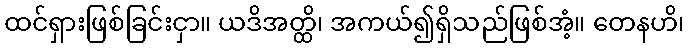
ထင်ရှားဖြစ်ခြင်းငှာ။ ယဒိအတ္ထိ၊ အကယ်၍ရှိသည်ဖြစ်အံ့။ တေနဟိ၊